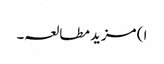
ا ) مزید مطالعہ۔